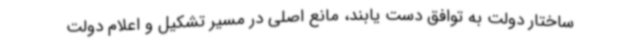
ساختار دولت به توافق دست یابند، مانع اصلی در مسیر تشکیل و اعلام دولت